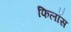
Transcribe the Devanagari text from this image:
फिलॉस